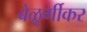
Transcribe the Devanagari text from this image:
बेळूर्गीकर